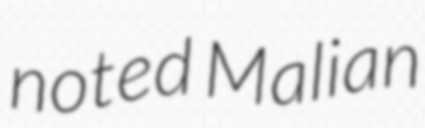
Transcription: noted Malian